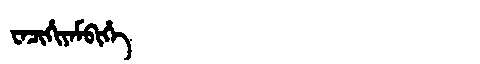
Manchu: ᠸᠠᠴᡳᡥᡳᠶᠠᠮᠪᡳᡥᡝ
Romanization: WACIHIYAMBIHE